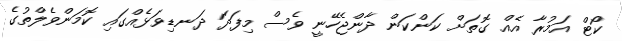
ކޯޓް އަމުރާ އެއް ގޮތަށް ކަންކަން ދާންޖެހޭނީ ވެސް މިފަދަ ދަނޑިވަޅެއްގައި ކޮމަންވެލްތުގެ